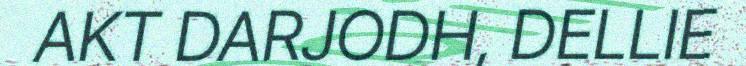
AKT DARJODH, DELLIE